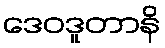
ဒေဝဒူတာနိ